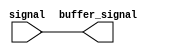
module IO_Buffer (
    input signal,
    output buffer_signal
);

assign buffer_signal = signal;

endmodule